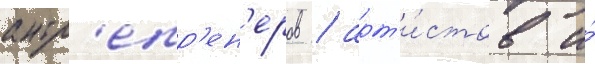
антр'епр'ен'еров / арт'и́стов и́